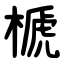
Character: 榹